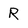
Character: R